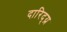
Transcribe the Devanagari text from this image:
दारिद्य्र